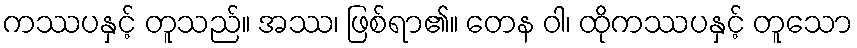
ကဿပနှင့် တူသည်။ အဿ၊ ဖြစ်ရာ၏။ တေန ဝါ၊ ထိုကဿပနှင့် တူသော